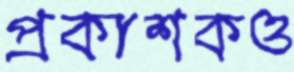
প্রকাশকও